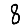
Digit: 8